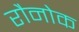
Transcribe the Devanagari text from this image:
रौनोक